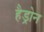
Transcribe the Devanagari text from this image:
हैड्रोन